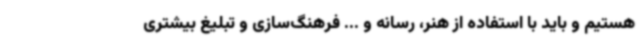
هستیم و باید با استفاده از هنر، رسانه و ... فرهنگ‌سازی و تبلیغ بیشتری